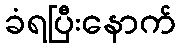
ခံရပြီးနောက်